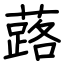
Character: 蕗